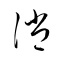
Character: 誚